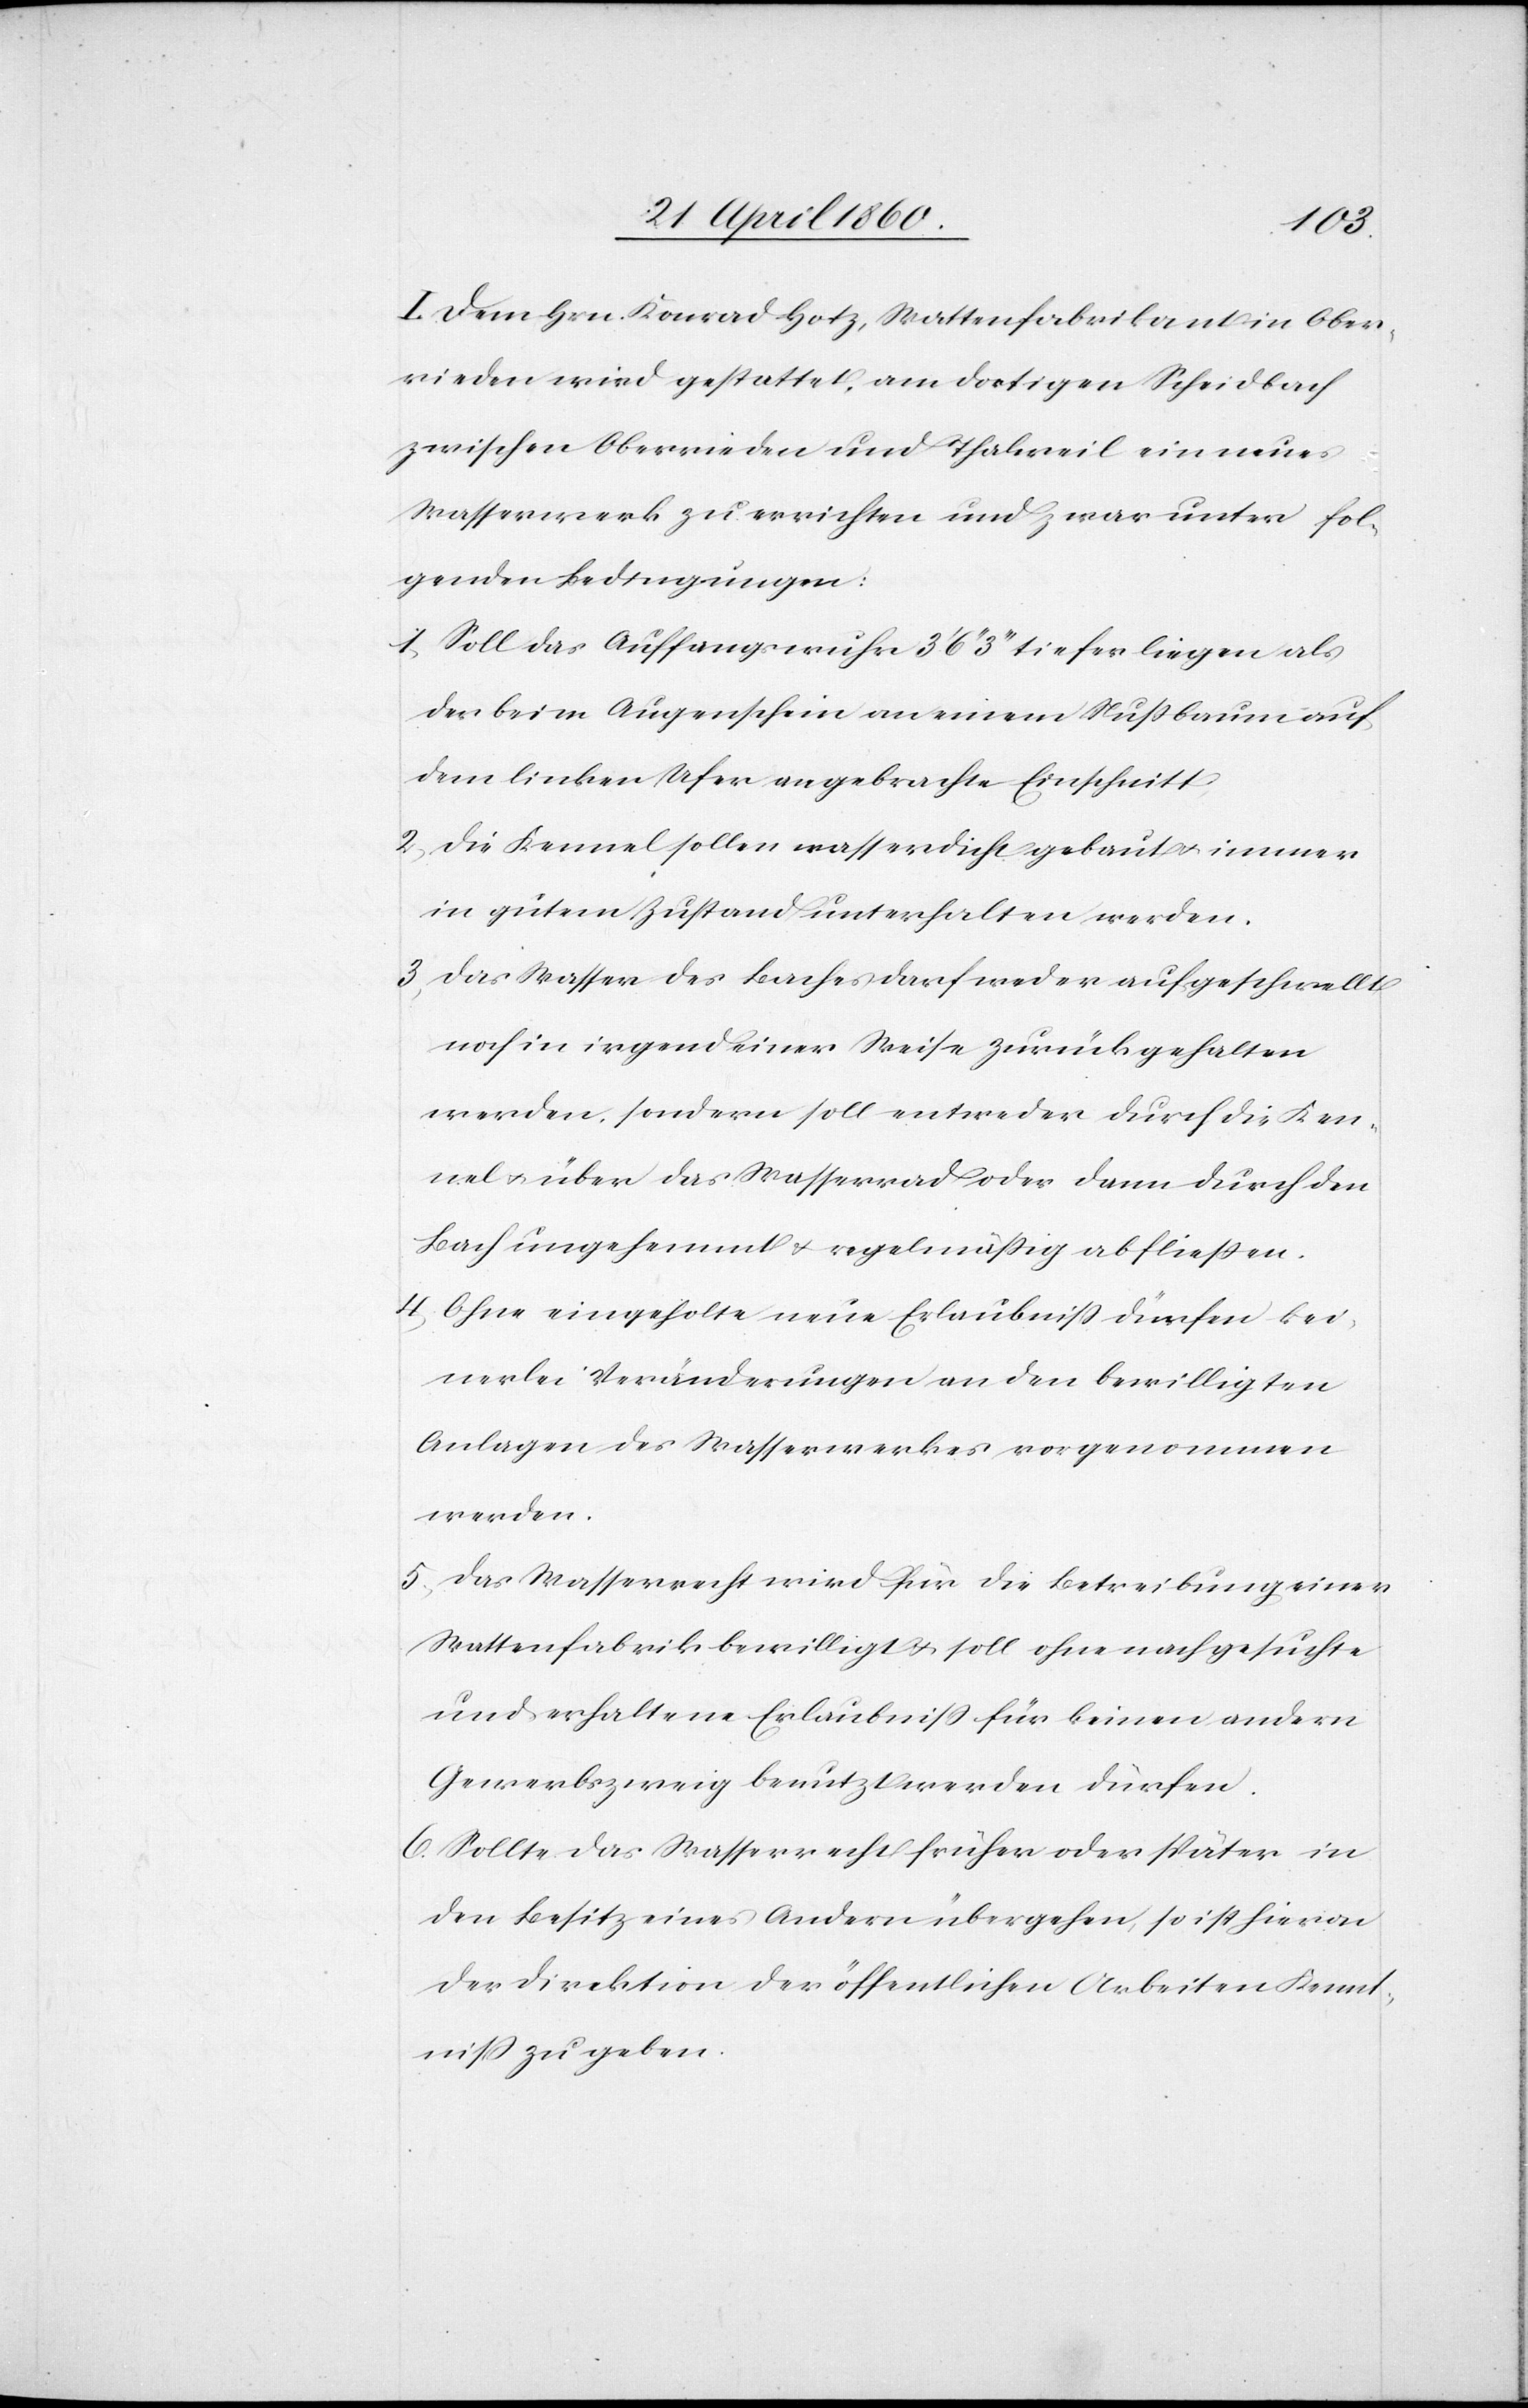
I. Dem Hrn. Konrad Hotz, Wattenfabrikant in Ober¬
rieden wird gestattet, am dortigen Scheidbach
zwischen Oberrieden und Thalweil ein neues
Wasserwerk zu errichten und zwar unter fol¬
genden Bedingungen:
1. Soll das Auffangswuhr 3’ 6’’ 3’’’ tiefer liegen als
der beim Augenschein an einem Nußbaum auf
dem linken Ufer angebrachte Einschnitt.
2. Die Kennel sollen wasserdicht gebaut u. immer
in gutem Zustand unterhalten werden.
3. Das Wasser des Baches darf weder aufgeschwellt
noch in irgend einer Weise zurückgehalten
werden, sondern soll entweder durch die Ken¬
nel u. über das Wasserrad oder dann durch den
Bach ungehemmt u. regelmäßig abfließen.
4. Ohne eingeholte neue Erlaubniss dürfen kei¬
nerlei Veränderungen an den bewilligten
Anlagen des Wasserwerkes vorgenommen
werden.
5. Das Wasserrecht wird für die Betreibung einer
Wattenfabrik bewilligt u. soll ohne nachgesuchte
und erhaltene Erlaubniss für keinen andern
Gewerbszweig benutzt werden dürfen.
6. Sollte das Wasserrecht früher oder später in
den Besitz eines Andern übergehen, so ist hievon
der Direktion der öffentlichen Arbeiten Kennt¬
niss zu geben.